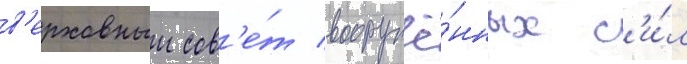
в'ерховныи сов'е́т вооружё́нных с'и́л